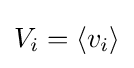
V_{i}=\langle v_{i}\rangle